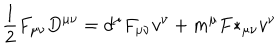
{ \frac { 1 } { 2 } } F _ { \mu \nu } D ^ { \mu \nu } = d ^ { \mu } F _ { \mu \nu } v ^ { \nu } + m ^ { \mu } { F * } _ { \mu \nu } v ^ { \nu }